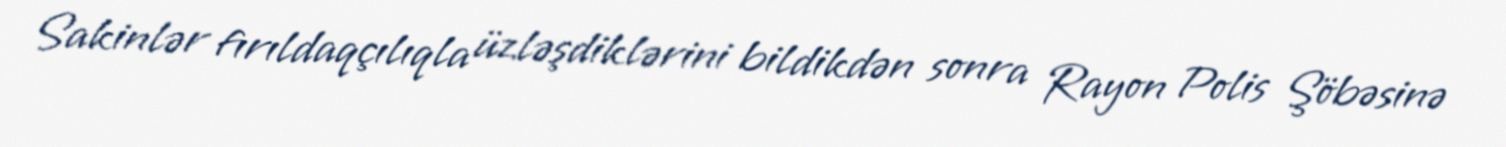
Sakinlər fırıldaqçılıqla üzləşdiklərini bildikdən sonra Rayon Polis Şöbəsinə